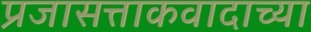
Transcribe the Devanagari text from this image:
प्रजासत्ताकवादाच्या